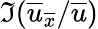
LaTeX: \Im(\overline{{u}}_{\overline{{x}}}/\overline{{u}})